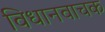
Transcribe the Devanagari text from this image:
विधानवाचक